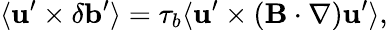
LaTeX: \langle{{\mathbf{u}}^{\prime}\times\delta{\mathbf{b}}^{\prime}}\rangle=\tau_{b}\langle{{\mathbf{u}}^{\prime}\times({\mathbf{B}}\cdot\nabla){\mathbf{u}}^{\prime}}\rangle,